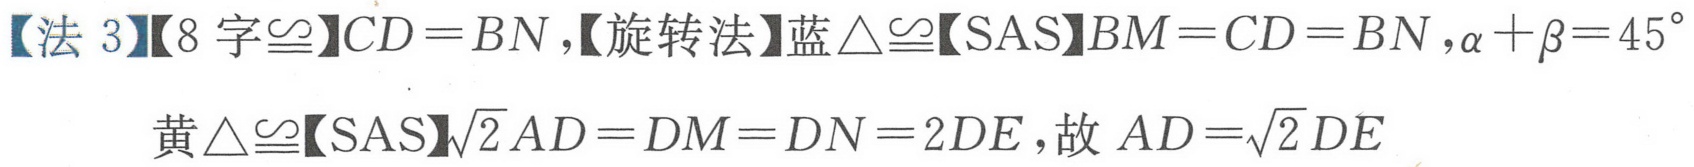
【法 3】【8 字$\cong$】\(CD = BN\)，【旋转法】蓝\(\triangle\cong\)【SAS】\(BM = CD = BN\)，\(\alpha+\beta = 45^{\circ}\)
黄\(\triangle\cong\)【SAS】\(\sqrt{2}AD = DM = DN = 2DE\)，故\(AD=\sqrt{2}DE\)